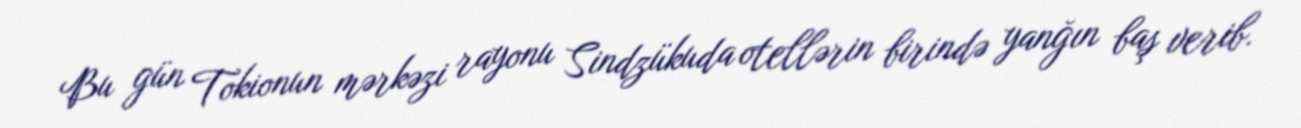
Bu gün Tokionun mərkəzi rayonu Sindzükuda otellərin birində yanğın baş verib.